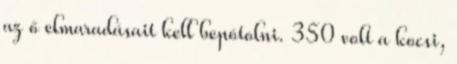
az ő elmaradásait kell bepótolni. 350 volt a kocsi,